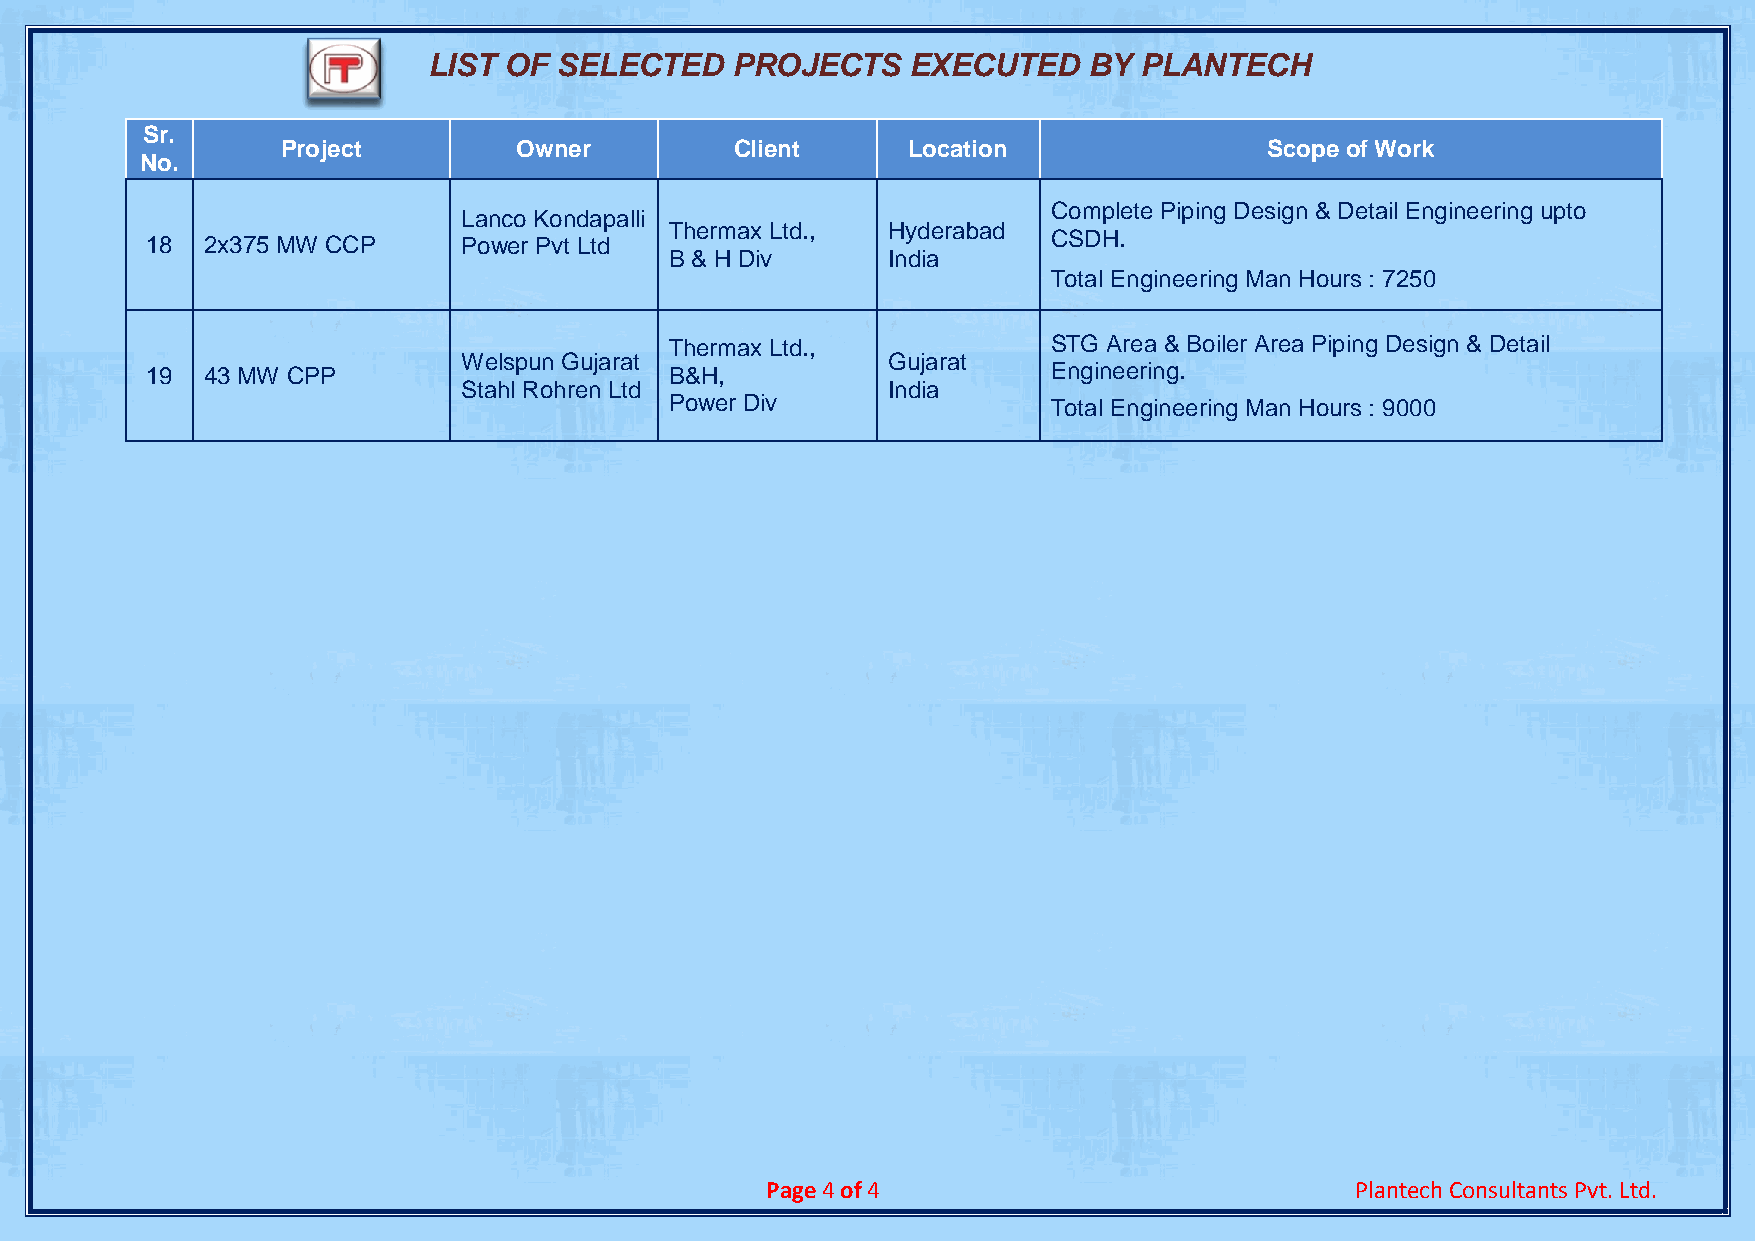
LIST OF  SELECTED   PROJECTS    EXECUTED    BY PLANTECH
 Sr.
 Project        Owner          Client     Location                Scope of Work
 No.
 Complete Piping Design & Detail Engineering upto
 Lanco Kondapalli
 Thermax Ltd.,  Hyderabad
 18 2x375 MW CCP      Power Pvt Ltd                          CSDH.
 B & H Div      India
 Total Engineering Man Hours : 7250
 Thermax Ltd.,             STG Area & Boiler Area Piping Design & Detail
 Welspun Gujarat             Gujarat
 19 43 MW CPP                      B&H,                      Engineering.
 Stahl Rohren Ltd            India
 Power Div                 Total Engineering Man Hours : 9000
 Page 4 of 4                            Plantech Consultants Pvt. Ltd.